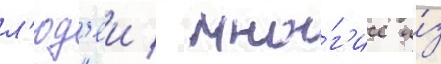
л'юд'еи / мно́г'ие и́з